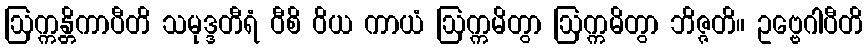
ဩက္ကန္တိကာပီတိ သမုဒ္ဒတီရံ ဝီစိ ဝိယ ကာယံ ဩက္ကမိတွာ ဩက္ကမိတွာ ဘိဇ္ဇတိ။ ဥဗ္ဗေဂါပီတိ